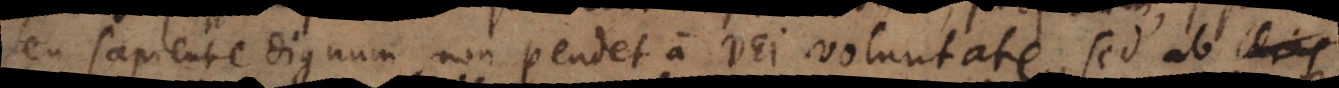
seu sapiente dignum non pendet a Dei voluntate, sed ab ideis